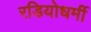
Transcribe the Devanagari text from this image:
रडियोधर्मी